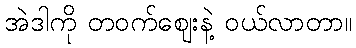
အဲဒါကို တဝက်ဈေးနဲ့ ဝယ်လာတာ။